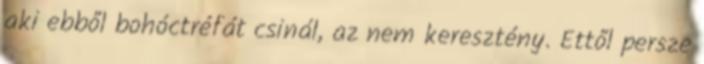
aki ebből bohóctréfát csinál, az nem keresztény. Ettől persze